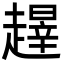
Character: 𬦝